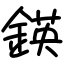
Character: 鍈